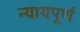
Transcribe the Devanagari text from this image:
न्‍यायपूर्ण